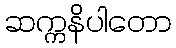
ဆက္ကနိပါတော